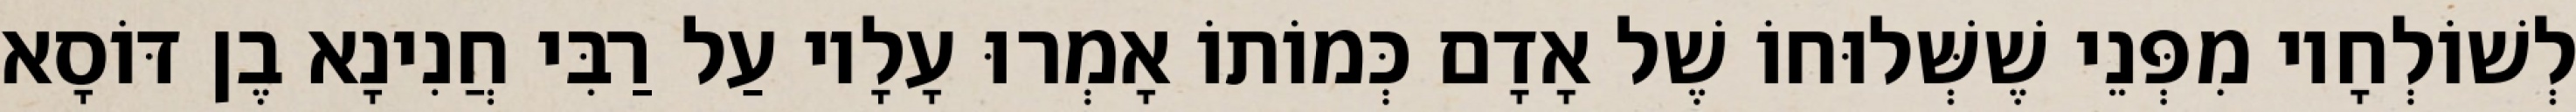
לְשׁוֹלְחָיו מִפְּנֵי שֶׁשְּׁלוּחוֹ שֶׁל אָדָם כְּמוֹתוֹ אָמְרוּ עָלָיו עַל רַבִּי חֲנִינָא בֶן דּוֹסָא